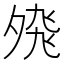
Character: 𭐸